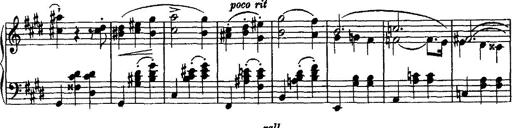
Title: Valse mÃ©lancolique
Composer: Paul Vidal
Key: F-sharp minor